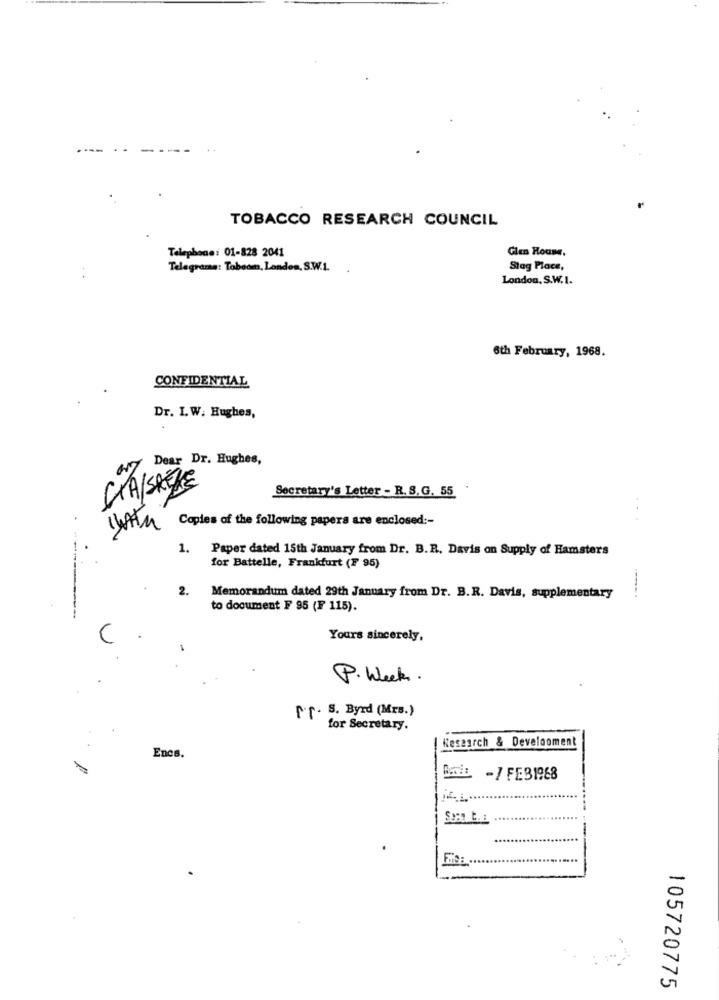
----
TOBACCO RESEARCH COUNCIL
Glen House.
Telephone: 01-828 2041
Telegrama: Tobeom, London, S.W.1.
Stag Place,
London, S.W.1.
6th February, 1968.
CONFIDENTIAL
Dr. I.W. Hughes,
Dear Dr. Hughes,
CIA/SRELE
Secretary's Letter - R. S.G. 55
Copies of the following papers are enclosed :-
1. Paper dated 15th January from Dr. B.R. Davis on Supply of Hamsters
for Battelle, Frankfurt (F 95)
2.
Memorandum dated 29th January from Dr. B.R. Davis, supplementary
to document F 95 (F 115).
-------
Yours sincerely,
P. Week .
P.T. S. Byrd (Mrs.)
for Secretary.
Research & Development
Encs.
ROCHE -/ FEB1968
105720775